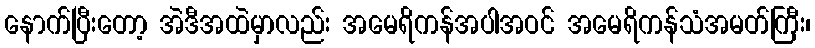
နောက်ပြီးတော့ အဲဒီအထဲမှာလည်း အမေရိကန်အပါအဝင် အမေရိကန်သံအမတ်ကြီး၊